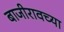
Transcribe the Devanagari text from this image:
बाजीरावच्या